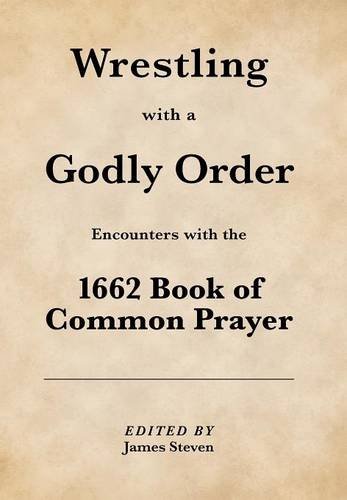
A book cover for Wrestling with a Godly Order: Encounters with the 1662 Book of Common Prayer; James Steven; Christian Books & Bibles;